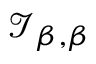
{ \mathcal { I } } _ { \beta , \beta }